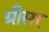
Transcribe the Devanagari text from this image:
ग्रीसर